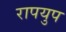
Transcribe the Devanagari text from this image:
रापयुप